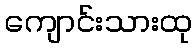
ကျောင်းသားထု